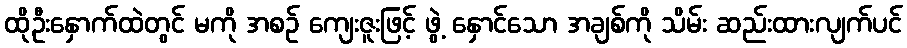
ထိုဦးနှောက်ထဲတွင် မကို အစဉ် ကျေးဇူးဖြင့် ဖွဲ့ နှောင်သော အချစ်ကို သိမ်း ဆည်းထားလျက်ပင်